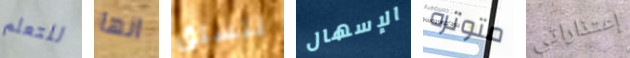
للتعلم انها نتسلق الإسهال متوتره إعتذاراتي